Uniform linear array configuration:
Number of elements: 64
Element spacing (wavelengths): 0.5
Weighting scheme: uniform
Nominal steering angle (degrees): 30
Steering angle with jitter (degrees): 31.201
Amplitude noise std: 0.05
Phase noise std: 0.05

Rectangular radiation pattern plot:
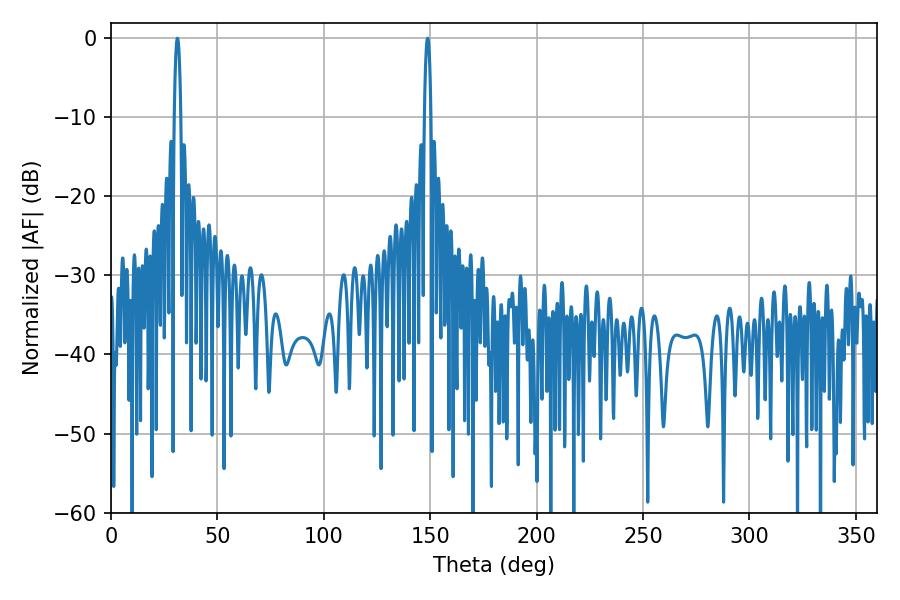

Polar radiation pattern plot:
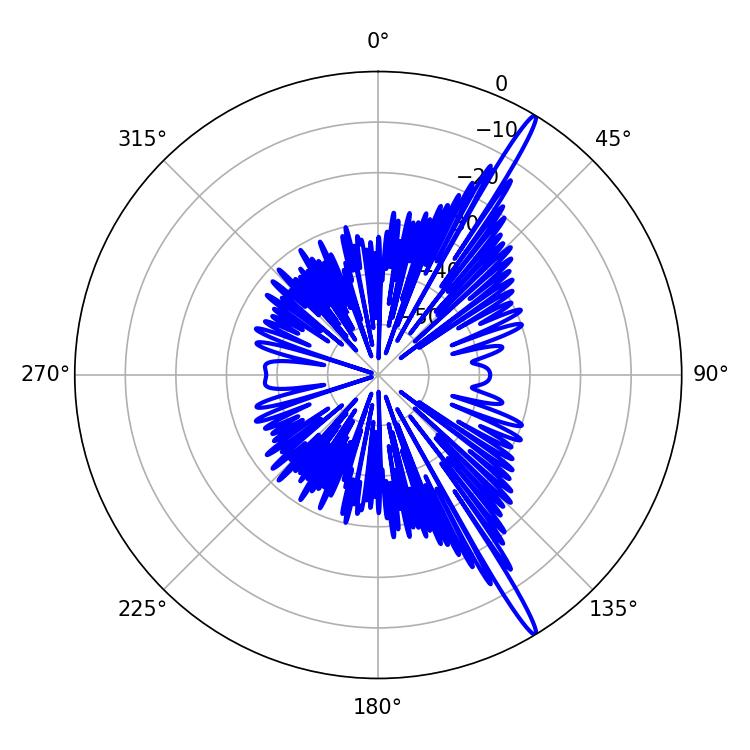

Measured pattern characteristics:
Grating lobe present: FALSE
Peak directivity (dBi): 17.211
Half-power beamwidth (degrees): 1.62
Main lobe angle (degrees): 31.14